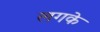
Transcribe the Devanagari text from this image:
लगके